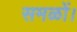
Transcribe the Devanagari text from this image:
समळों।